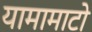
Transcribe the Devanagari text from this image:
यामामाटो